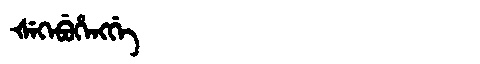
Manchu: ᡧᡝᡴᡝᠪᡠᡥᡝᠩᡤᡝ
Romanization: ŠEKEBUHENGGE